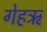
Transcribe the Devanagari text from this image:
गेहऋ